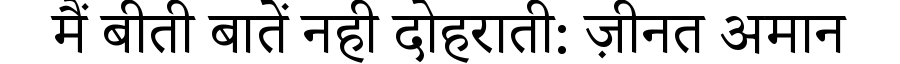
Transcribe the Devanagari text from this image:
मैं बीती बातें नही दोहराती: ज़ीनत अमान